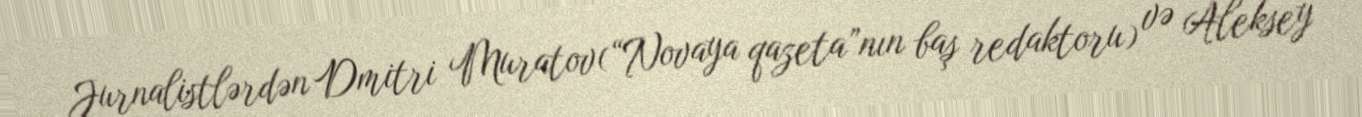
Jurnalistlərdən Dmitri Muratov(“Novaya qazeta”nın baş redaktoru) və Aleksey